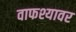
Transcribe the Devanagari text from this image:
वाफश्यावर